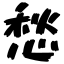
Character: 愁